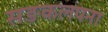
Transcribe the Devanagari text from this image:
सङकलपना